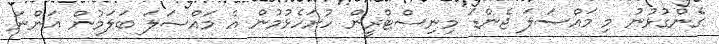
ގެންގުޅުނު މި މައްސަލަ ޖެންޑަ މިނިސްޓްރީން ހުށަހެޅުމުން އެ މައްސަލަ ބަލަމުން އަންނަ